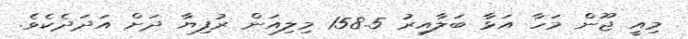
މިއީ ޖޫން މަހާ އަޅާ ބަލާއިރު 158.5 މިލިއަން ރުފިޔާ ދަށް އަދަދެކެވެ.